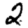
Digit: 2